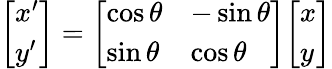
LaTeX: {\left[\begin{array}{l}{x^{\prime}}\\ {y^{\prime}}\end{array}\right]}={\left[\begin{array}{ll}{\cos\theta}&{-\sin\theta}\\ {\sin\theta}&{\cos\theta}\end{array}\right]}{\left[\begin{array}{l}{x}\\ {y}\end{array}\right]}